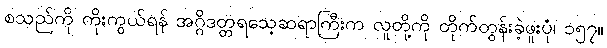
စသည်ကို ကိုးကွယ်ရန် အဂ္ဂိဒတ္တရသေ့ဆရာကြီးက လူတို့ကို တိုက်တွန်းခဲ့ဖူးပုံ၊ ၁၅၇။